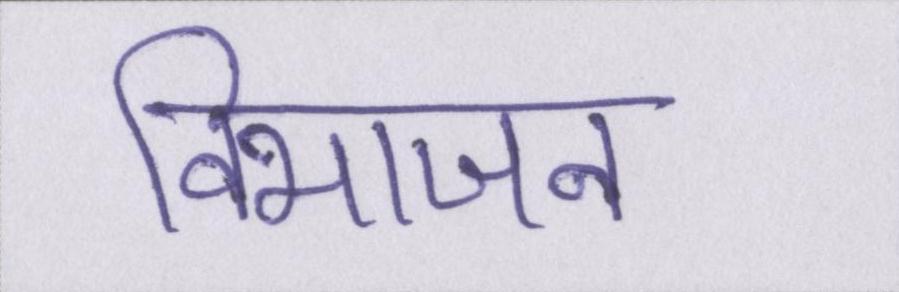
विभाजन